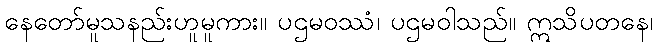
နေတော်မူသနည်းဟူမူကား။ ပဌမဝဿံ၊ ပဌမဝါသည်။ ဣသိပတနေ၊